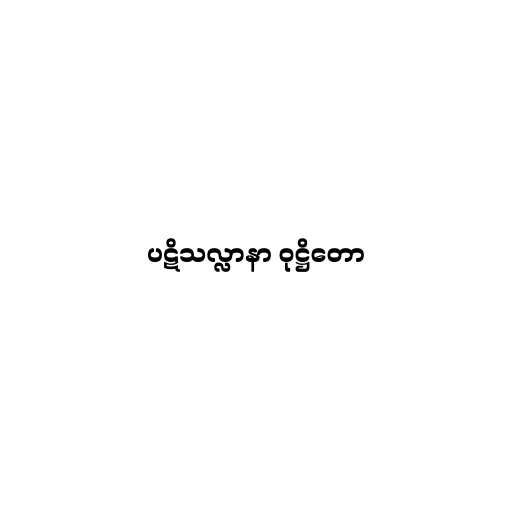
ပဋိသလ္လာနာ ဝုဋ္ဌိတော